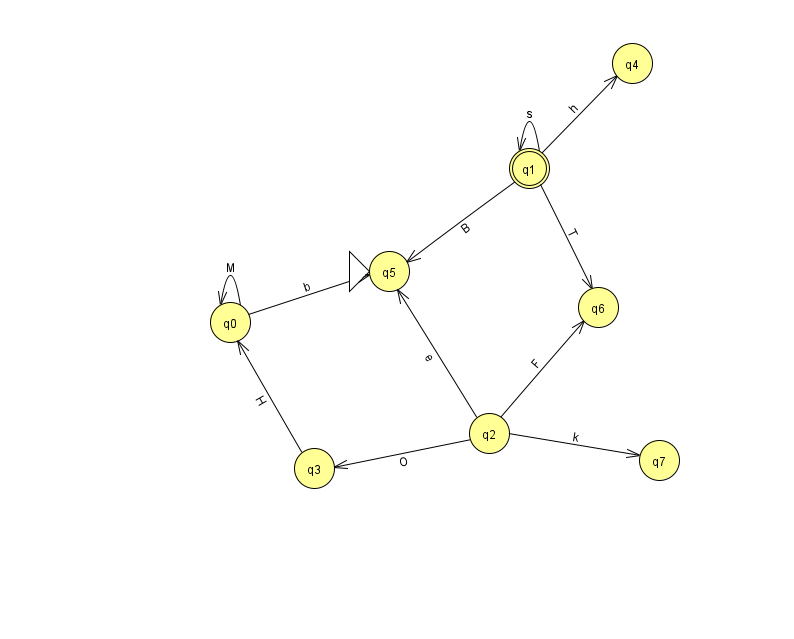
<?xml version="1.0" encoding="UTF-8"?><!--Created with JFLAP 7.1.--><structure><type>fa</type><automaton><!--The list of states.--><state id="0" name="q0"><x>230.0</x><y>309.0</y></state><state id="1" name="q1"><x>529.0</x><y>155.0</y><final/></state><state id="2" name="q2"><x>489.0</x><y>420.0</y></state><state id="3" name="q3"><x>314.0</x><y>455.0</y></state><state id="4" name="q4"><x>632.0</x><y>50.0</y></state><state id="5" name="q5"><x>389.0</x><y>258.0</y><initial/></state><state id="6" name="q6"><x>598.0</x><y>294.0</y></state><state id="7" name="q7"><x>659.0</x><y>447.0</y></state><!--The list of transitions.--><transition><from>1</from><to>5</to><read>B</read></transition><transition><from>0</from><to>5</to><read>b</read></transition><transition><from>2</from><to>5</to><read>e</read></transition><transition><from>2</from><to>6</to><read>F</read></transition><transition><from>1</from><to>1</to><read>s</read></transition><transition><from>1</from><to>6</to><read>T</read></transition><transition><from>2</from><to>3</to><read>O</read></transition><transition><from>2</from><to>7</to><read>k</read></transition><transition><from>3</from><to>0</to><read>H</read></transition><transition><from>0</from><to>0</to><read>M</read></transition><transition><from>1</from><to>4</to><read>h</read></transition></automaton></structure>